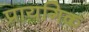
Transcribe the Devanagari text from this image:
प्रायगिक